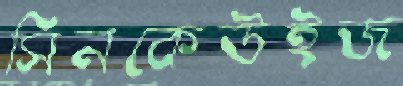
সিনকেউইজ